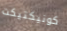
كونيكتيكت